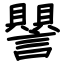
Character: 譻